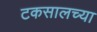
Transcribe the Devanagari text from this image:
टकसालच्या